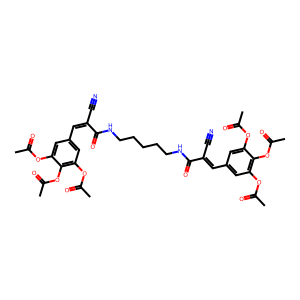
SMILES: CC(=O)Oc1cc(C=C(C#N)C(=O)NCCCCCNC(=O)C(C#N)=Cc2cc(OC(C)=O)c(OC(C)=O)c(OC(C)=O)c2)cc(OC(C)=O)c1OC(C)=O
Inhibits HIV replication: No